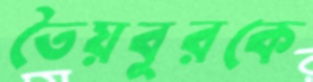
তৈয়বুরকে